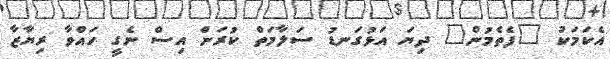
އެކަމަކު "ފެތެމުން" ދިޔަ އަޅުގަނޑު ސަލާމަތް ކުރަން އިސް ނެގީ ހައްވާ ރިޔާޒާ